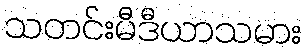
သတင်းမီဒီယာသမား